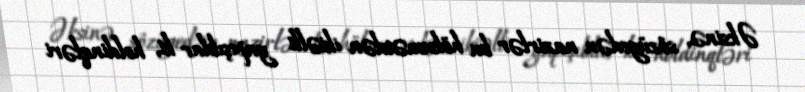
Əksinə, sözügedən nazirlər bu hökumətdən ikiəlli yapışıblar ki, holdinqləri